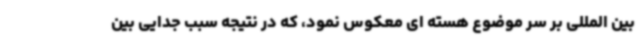
بین المللی بر سر موضوع هسته ای معکوس نمود، که در نتیجه سبب جدایی بین